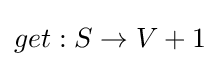
get:S\rightarrow V+1